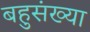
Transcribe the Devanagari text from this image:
बहुसंख्‍या